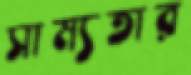
সাম্যতার